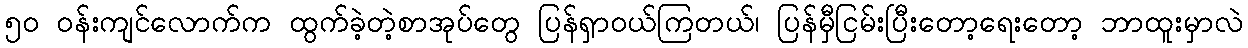
၅၀ ဝန်းကျင်လောက်က ထွက်ခဲ့တဲ့စာအုပ်တွေ ပြန်ရှာဝယ်ကြတယ်၊ ပြန်မှီငြမ်းပြီးတော့ရေးတော့ ဘာထူးမှာလဲ